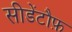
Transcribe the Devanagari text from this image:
सीडेंटौफ़